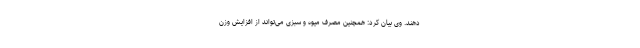
دهند. وی بیان کرد: همچنین مصرف میوه و سبزی می‌تواند از افزایش وزن